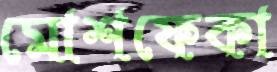
মোশফেকা